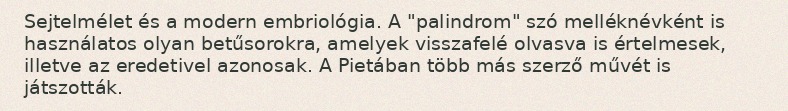
Sejtelmélet és a modern embriológia. A "palindrom" szó melléknévként is használatos olyan betűsorokra, amelyek visszafelé olvasva is értelmesek, illetve az eredetivel azonosak. A Pietában több más szerző művét is játszották.